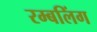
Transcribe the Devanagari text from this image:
रम्बलिंग